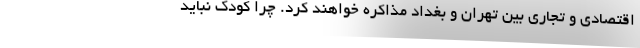
اقتصادی و تجاری بین تهران و بغداد مذاکره خواهند کرد. چرا کودک نباید